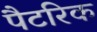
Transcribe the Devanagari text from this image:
पैटरिक